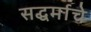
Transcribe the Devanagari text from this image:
सद्धर्माचे